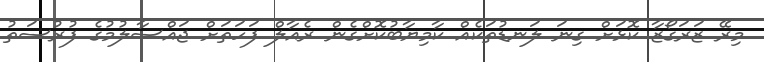
މިރޭ ޒަރަގޯޒާ ކޮޅަށް ގިނަ ލަނޑުތަކެއް ކާމިޔާބުކޮށްގެން ރެއާލް ފަހަތަށް ޖައްސާލުމުގެ ފުރުސަތު